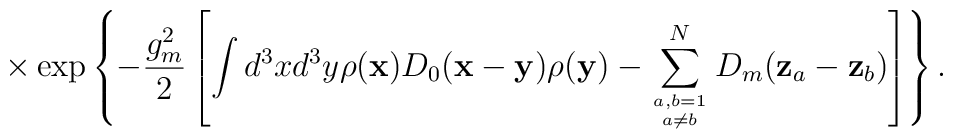
\times\exp\left\{-\frac{g_m^2}{2}\left[\int d^3xd^3y\rho({\bf x})D_0({\bf x}-{\bf y})\rho({\bf y})-\sum\limits_{{a,b=1\atop a\ne b}}^{N}D_m({\bf z}_a-{\bf z}_b)\right]\right\}.